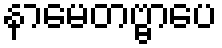
နာမေတဗ္ဗာပေ